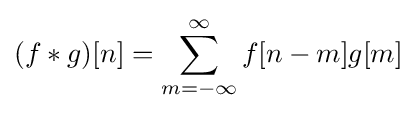
(f*g)[n]=\sum _{m=-\infty }^{\infty }f[n-m]g[m]